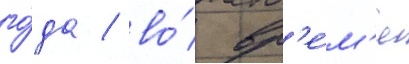
го́да / во́ вр'е́м'я